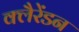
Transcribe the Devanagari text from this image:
क्लैरेंडन